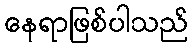
နေရာဖြစ်ပါသည်